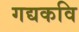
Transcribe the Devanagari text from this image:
गद्यकवि